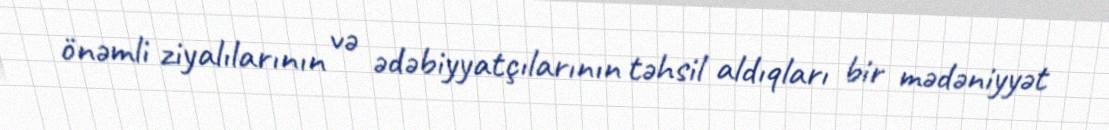
önəmli ziyalılarının və ədəbiyyatçılarının təhsil aldıqları bir mədəniyyət